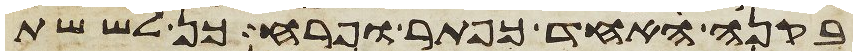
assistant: בקנה אחד כפתר ופרח כן לששת